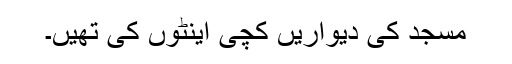
مسجد کی دیواریں کچی اینٹوں کی تھیں۔